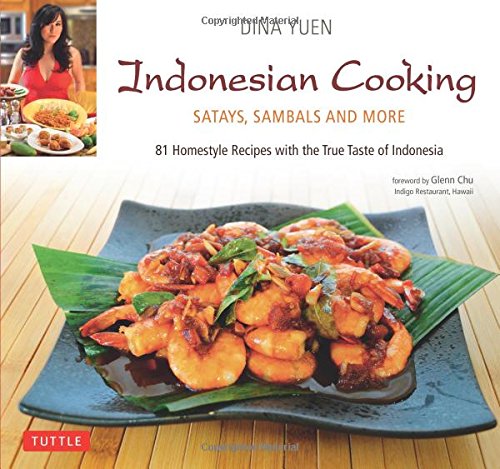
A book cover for Indonesian Cooking: Satays, Sambals and More [Indonesian Cookbook, 81 Recipes]; Dina Yuen; Cookbooks, Food & Wine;